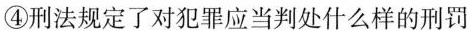
④刑法规定了对犯罪应当判处什么样的刑罚